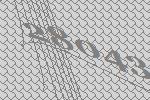
28043